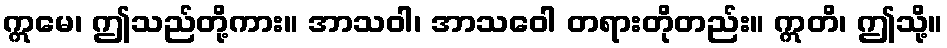
ဣမေ၊ ဤသည်တို့ကား။ အာသဝါ၊ အာသဝေါ တရားတိုတည်း။ ဣတိ၊ ဤသို့။